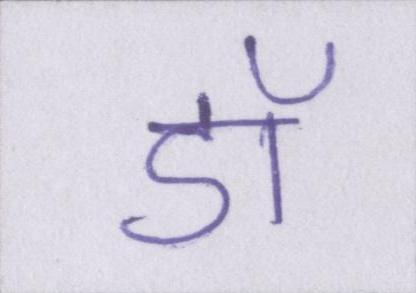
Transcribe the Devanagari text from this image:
डॉ